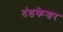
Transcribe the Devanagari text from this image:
दंडकेश्वर